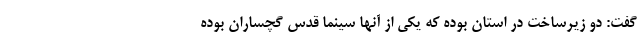
گفت: دو زیرساخت در استان بوده که یکی از آنها سینما قدس گچساران بوده